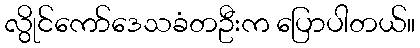
လွိုင်ကော်ဒေသခံတဦးက ပြောပါတယ်။